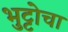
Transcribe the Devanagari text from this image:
भुट्टोचा